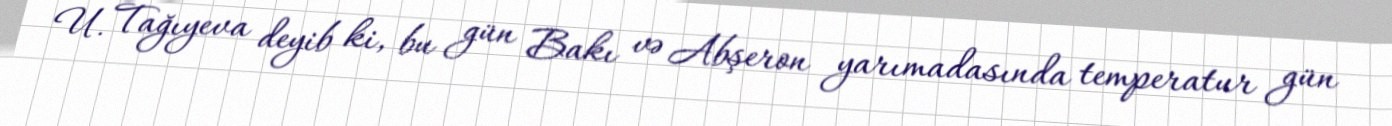
U. Tağıyeva deyib ki, bu gün Bakı və Abşeron yarımadasında temperatur gün